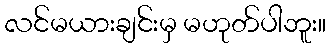
လင်မယားချင်းမှ မဟုတ်ပါဘူး။